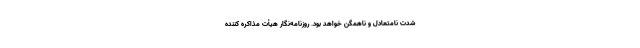
شدت نامتعادل و ناهمگن خواهد بود. روزنامه‌نگار هیأت مذاکره ‌کننده